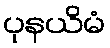
ပုနယိမံ